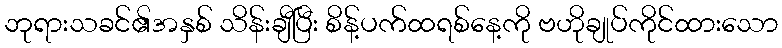
ဘုရားသခင်၏အနှစ် သိန်းချီပြီး စိန့်ပက်ထရစ်နေ့ကို ဗဟိုချုပ်ကိုင်ထားသော